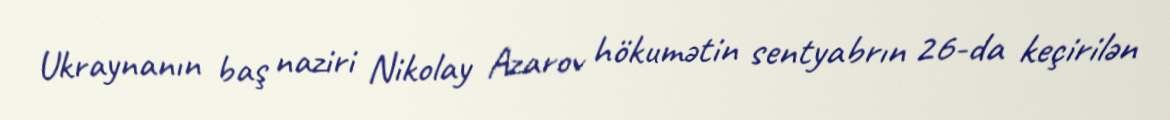
Ukraynanın baş naziri Nikolay Azarov hökumətin sentyabrın 26-da keçirilən